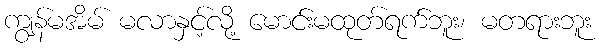
ကျွန်မအိမ် မလာနှင့်လို့ မောင်းမထုတ်ရက်ဘူး၊ မတရားဘူး